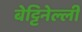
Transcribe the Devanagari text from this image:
बेट्टिनेल्ली